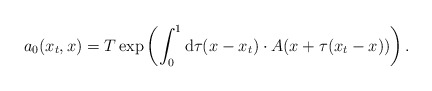
\begin{align*}a_0(x_t,x)=T\exp \left( \int_0^1{\rm d}\tau (x-x_t)\cdot A(x+\tau(x_t-x))\right) .\end{align*}